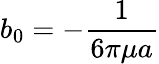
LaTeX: b_{0}=-{\frac{1}{6\pi\mu a}}